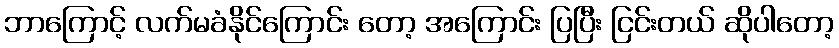
ဘာကြောင့် လက်မခံနိုင်ကြောင်း တော့ အကြောင်း ပြပြီး ငြင်းတယ် ဆိုပါတော့